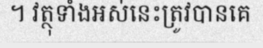
។ វត្ថុទាំងអស់នេះត្រូវបានគេ